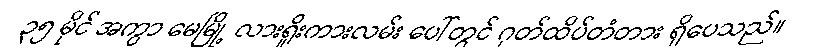
၃၅ မိုင် အကွာ မေမြို့ လားရှိုးကားလမ်း ပေါ်တွင် ဂုတ်ထိပ်တံတား ရှိပေသည်။